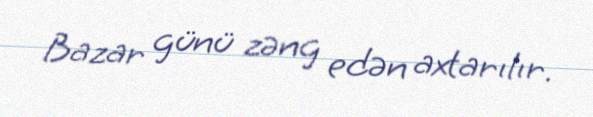
Bazar günü zəng edən axtarılır.